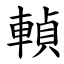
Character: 䡠